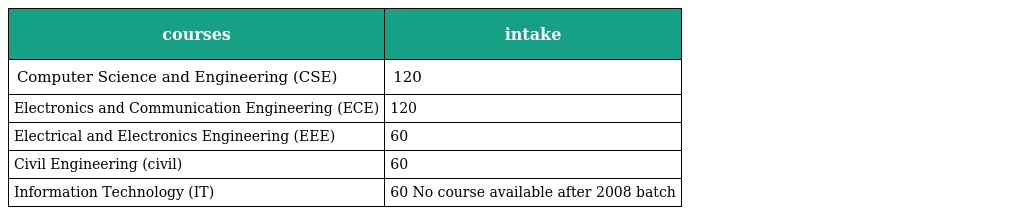
| courses | intake |
 | --- | --- |
 | Computer Science and Engineering (CSE) | 120 |
 | Electronics and Communication Engineering (ECE) | 120 |
 | Electrical and Electronics Engineering (EEE) | 60 |
 | Civil Engineering (civil) | 60 |
 | Information Technology (IT) | 60 No course available after 2008 batch |